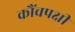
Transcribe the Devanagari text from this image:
कौंचपक्षी